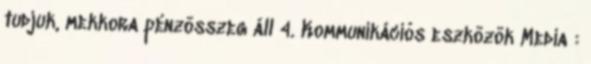
tudjuk, mekkora pénzösszeg áll 4. Kommunikációs eszközök Media :